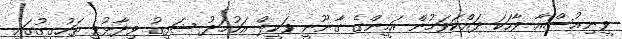
ވީނިއުސްއާ ވާހަކަ ދައްކަވަމުން އަމީންގެ ގާނޫނީ ވަކީލް އަހުމަދު ޝަފީގު ވިދާޅުވީ ތަހުގީގުގައި